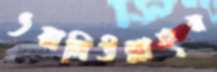
ওয়ালিউল্লাহর